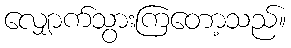
လျှောက်သွားကြတော့သည်။